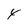
Character: 4